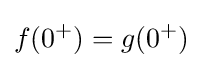
f(0^{+})=g(0^{+})